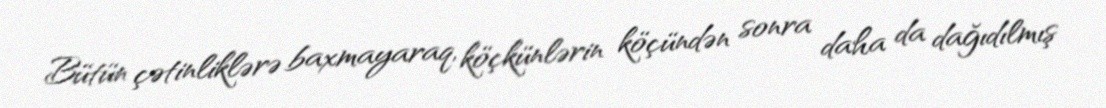
Bütün çətinliklərə baxmayaraq, köçkünlərin köçündən sonra daha da dağıdılmış